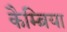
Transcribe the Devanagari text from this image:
कैम्ब्रिया